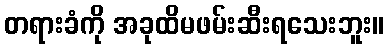
တရားခံကို အခုထိမဖမ်းဆီးရသေးဘူး။